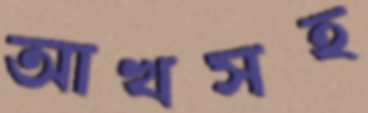
আখসহ